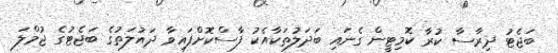
ބަޖެޓު ދިރާސާ ކުރާ ކޮމިޓީން ގެނައި ބަދަލުތަކާއެކު ފާސްކޮށްފައިވާ ދައުލަތުގެ ބަޖެޓުގެ ޖުމްލަ